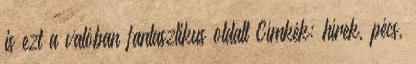
is ezt a valóban fantasztikus oldalt Címkék: hírek, pécs,